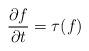
LaTeX: \begin{align*}\frac{\partial f}{\partial t} = \tau (f) \end{align*}